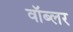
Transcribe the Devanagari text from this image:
वॉब्लर